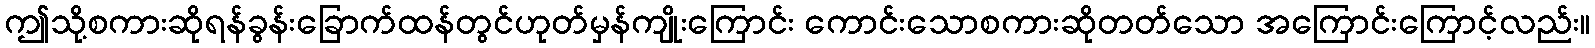
ဤသို့စကားဆိုရန်ခွန်းခြောက်ထန်တွင်ဟုတ်မှန်ကျိုးကြောင်း ကောင်းသောစကားဆိုတတ်သော အကြောင်းကြောင့်လည်း။